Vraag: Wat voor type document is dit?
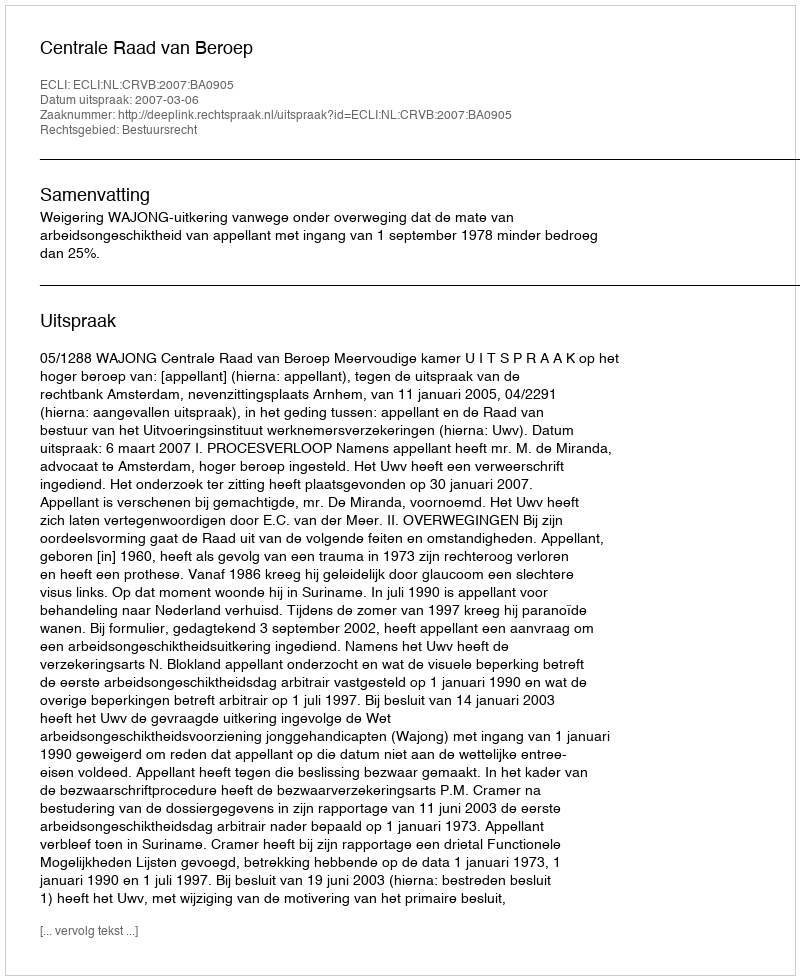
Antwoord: Uitspraak